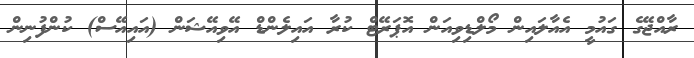
ރާއްޖޭގެ ގައުމީ އެއާލައިން މޯލްޑިވިއަން އޮޕަރޭޓް ކުރާ އައިލެންޑް އޭވިއޭޝަން (އައިއޭސް) ކުންފުނިން